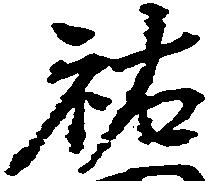
祐